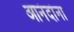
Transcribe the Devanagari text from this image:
आनंदांना